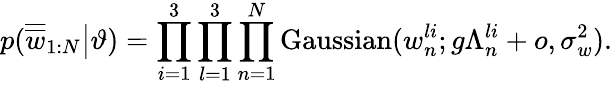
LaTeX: p(\overline{{\overline{{w}}}}_{1:N}\big|\vartheta)=\prod_{i=1}^{3}\prod_{l=1}^{3}\prod_{n=1}^{N}\mathrm{Gaussian}(w_{n}^{li};g\Lambda_{n}^{li}+o,\sigma_{w}^{2}).